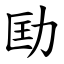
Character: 劻